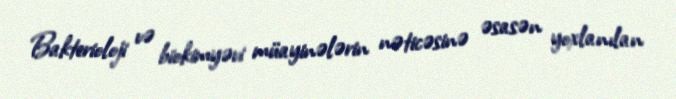
Bakterioloji və biokimyəvi müayinələrin nəticəsinə əsasən yoxlanılan